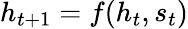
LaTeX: h_{t+1}=f(h_{t},s_{t})